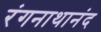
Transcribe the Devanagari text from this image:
रंगनाथानंद